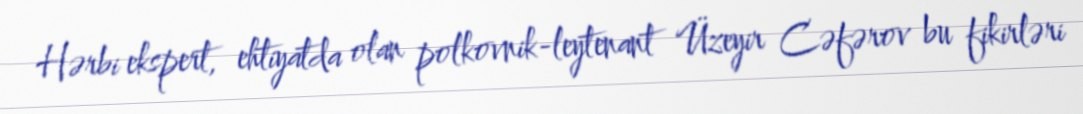
Hərbi ekspert, ehtiyatda olan polkovnik-leytenant Üzeyir Cəfərov bu fikirləri